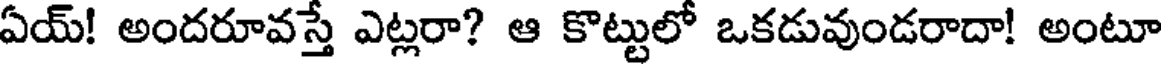
ఏయ్! అందరూవస్తే ఎట్లరా? ఆ కొట్టులో ఒకడువుండరాదా! అంటూ